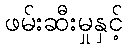
ဖမ်းဆီးမှုနှင့်